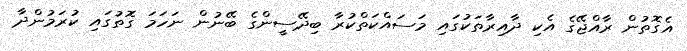
އެގޮތުން ރާއްޖޭގެ އެކި ދާއިރާތަކުގައި މަސައްކަތްކުރާ ބިދޭސީންގެ ބޭނުން ނަހަމަ ގޮތުގައި ކުރަމުންދާ